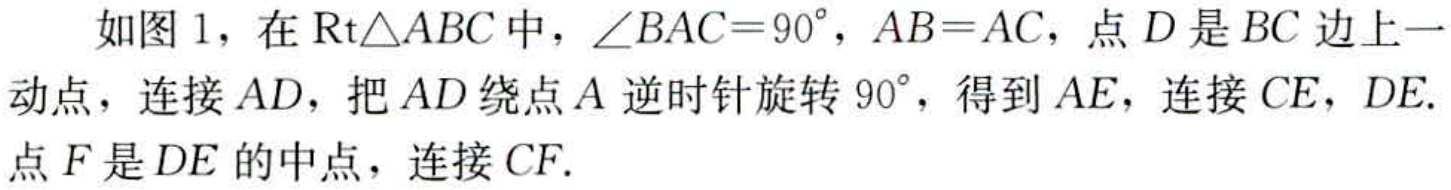
如图 1，在\(Rt\triangle ABC\)中，\(\angle BAC = 90^{\circ}\)，\(AB = AC\)，点\(D\)是\(BC\)边上一动点，连接\(AD\)，把\(AD\)绕点\(A\)逆时针旋转\(90^{\circ}\)，得到\(AE\)，连接\(CE\)，\(DE\).点\(F\)是\(DE\)的中点，连接\(CF\).